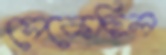
সেকেছিল